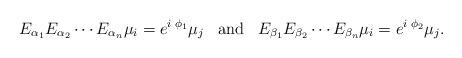
LaTeX: \begin{align*}E_{\alpha_1}E_{\alpha_2}\cdots E_{\alpha_n} \mu_{i} = e^{i \; \phi_{1}} \mu_{j} \;\;\; \mbox{and}\;\;\; E_{\beta_1}E_{\beta_2}\cdots E_{\beta_n} \mu_{i} = e^{i \; \phi_{2}} \mu_{j} .\end{align*}